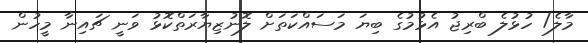
މާލެ/ ހުޅުލެ ބްރިޖު އެޅުމުގެ ބިޔަ މަސައްކަތަށް ލޮނުޒިޔާރަތްކޮޅު ވަނީ ޗައިނާ މީހުން